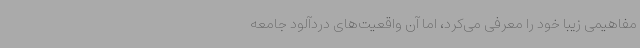
مفاهیمی زیبا خود را معرفی می‌کرد، اما آن واقعیت‌های دردآلود جامعه